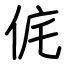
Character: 侂